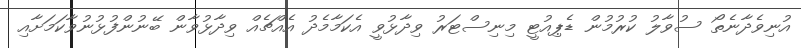
އުނިވެދާނެތޯ ސުވާލު ކުރުމުން ޑެޕިއުޓީ މިނިސްޓަރު ވިދާޅުވީ އެކަމާމެދު އެއްޗެއް ވިދާޅުވާން ބޭނުންފުޅުނުވާކަމަށާއި